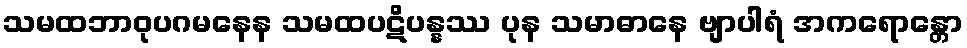
သမထဘာဝုပဂမနေန သမထပဋိပန္နဿ ပုန သမာဓာနေ ဗျာပါရံ အကရောန္တော